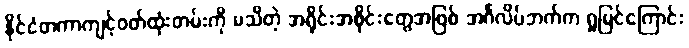
နိုင်ငံတကာကျင့်ဝတ်ထုံးတမ်းကို မသိတဲ့ အရိုင်းအစိုင်းတွေအဖြစ် အင်္ဂလိပ်ဘက်က ရှုမြင်ကြောင်း